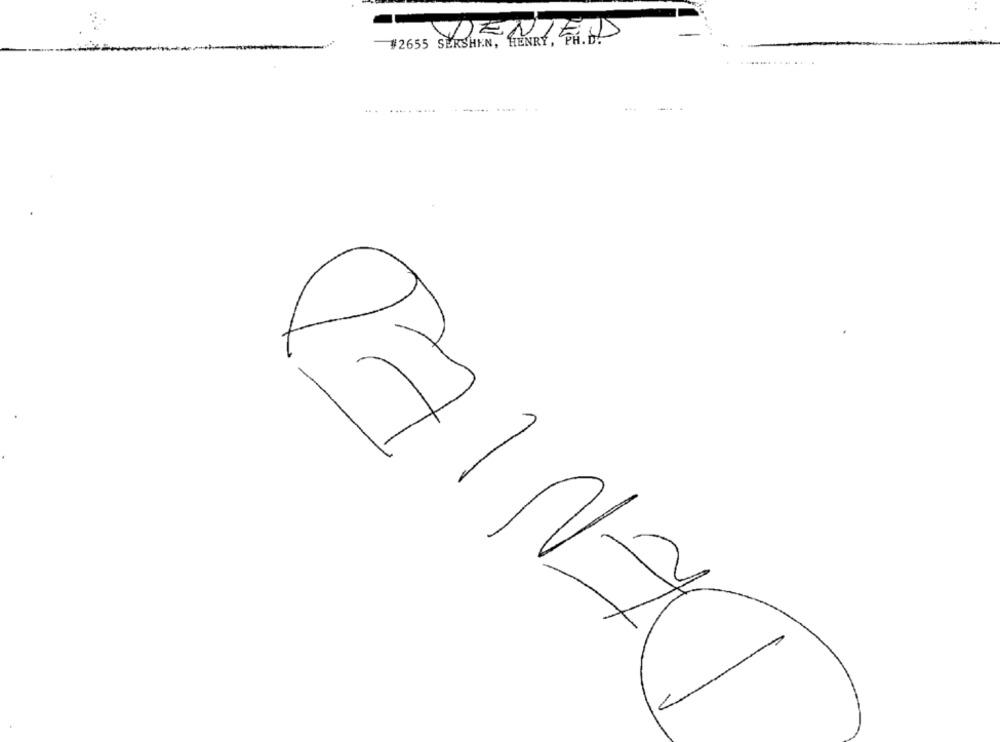
#2655 SERSHEN, HENRY, PH. D!
DEN1
PAINAU